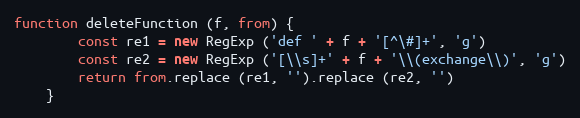
Language: JavaScript
function deleteFunction (f, from) {
        const re1 = new RegExp ('def ' + f + '[^\#]+', 'g')
        const re2 = new RegExp ('[\\s]+' + f + '\\(exchange\\)', 'g')
        return from.replace (re1, '').replace (re2, '')
    }